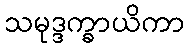
သမုဒ္ဒက္ခာယိကာ